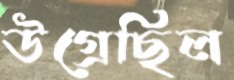
উগ্‌রেছিল